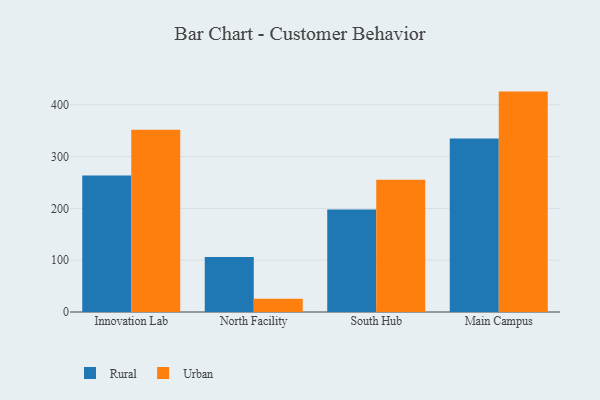
{"axis": {"x": "Campus", "y": "Demand Index"}, "legend": ["Rural", "Urban"], "data": [{"x": "Innovation Lab", "y": 263.3, "type": "Rural"}, {"x": "Innovation Lab", "y": 351.8, "type": "Urban"}, {"x": "North Facility", "y": 106.1, "type": "Rural"}, {"x": "North Facility", "y": 25.7, "type": "Urban"}, {"x": "South Hub", "y": 197.8, "type": "Rural"}, {"x": "South Hub", "y": 255.2, "type": "Urban"}, {"x": "Main Campus", "y": 335.0, "type": "Rural"}, {"x": "Main Campus", "y": 425.4, "type": "Urban"}]}